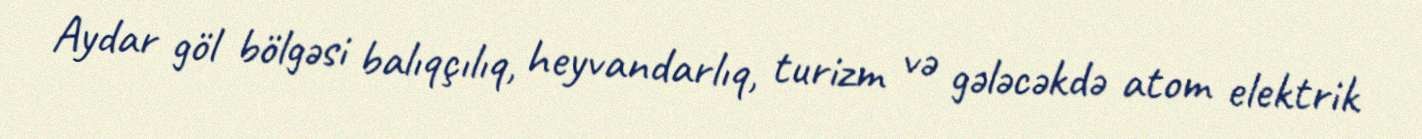
Aydar göl bölgəsi balıqçılıq, heyvandarlıq, turizm və gələcəkdə atom elektrik